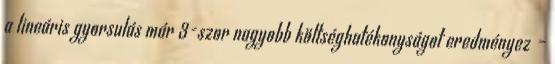
a lineáris gyorsulás már 3-szor nagyobb költséghatékonyságot eredményez –